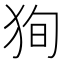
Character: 狥